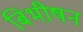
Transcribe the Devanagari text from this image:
बिभीषन